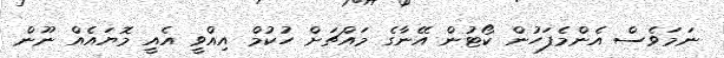
ނަމަވެސް އެންމެފަހުން ކޯޓުން އޭނާގެ މައްޗަށް ހުކުމް އިއްވީ އެއީ މޮޔައެއް ނޫން